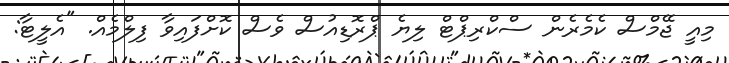
މިއީ ޖޭމްސް ކެމެރެން ސްކްރިޕްޓް ލިޔެ ޕްރޮޑިއުސް ވެސް ކޮށްފައިވާ ފިލްމެއް. "އެލީޓާ: